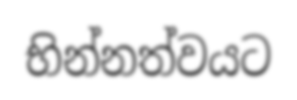
භින්නත්වයට